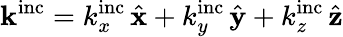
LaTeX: \mathbf{k}^{\mathrm{inc}}={k}_{x}^{\mathrm{inc}}\, \hat{\mathbf{x}}+{k}_{y}^{\mathrm{inc}}\, \hat{\mathbf{y}}+{k}_{z}^{\mathrm{inc}}\, \hat{\mathbf{z}}